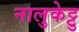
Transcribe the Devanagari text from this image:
नालुकेट्टु